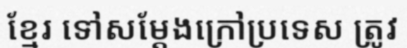
ខ្មែរ ទៅសម្តែងក្រៅប្រទេស ត្រូវ